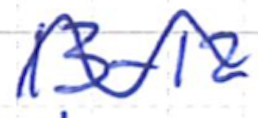
Text: 13-12
Cross-out: mix
Writing tool: ballpoint